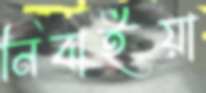
নিবাইয়া